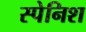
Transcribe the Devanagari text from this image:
स्‍पेनिश्‍ा